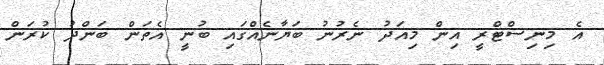
އެ މިނިސްޓްރީ އިން މިއަދު ނެރުނު ބަޔާނެއްގައި ބުނީ އެތަން ބަންދު ކުރަން